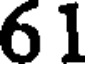
61